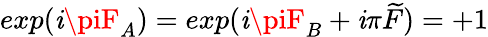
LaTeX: exp(\mathit{i}\piF_{A})=exp(\mathit{i}\piF_{B}+\mathit{i}\pi\widetilde{{F}})=+1